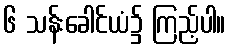
၆ သန်းခေါင်ယံ၌ ကြည့်ပါ။